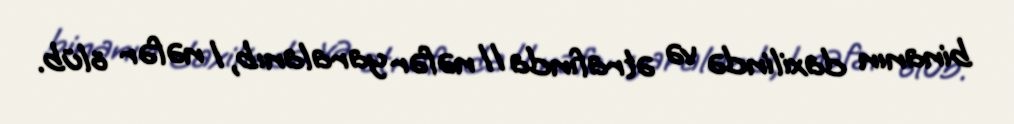
binanın daxilində və ətrafında 11 nəfər yaralanıb, 1 nəfər ölüb.